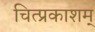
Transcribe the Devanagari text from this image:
चित्प्रकाशम्‌